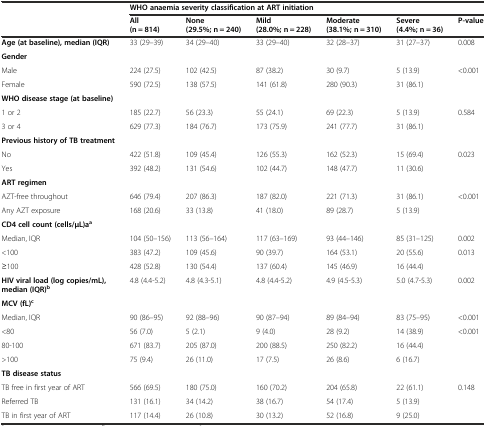
<table><thead><tr><td rowspan="2"></td><td colspan="6"><b>WHO anaemia severity classification at ART initiation</b></td></tr><tr><td><b>All (n = 814)</b></td><td><b>None (29.5%; n = 240)</b></td><td><b>Mild (28.0%; n = 228)</b></td><td><b>Moderate(38.1%; n = 310)</b></td><td><b>Severe (4.4%; n = 36)</b></td><td><b>P-value</b></td></tr></thead><tbody><tr><td><b>Age (at baseline), median (IQR)</b></td><td>33 (29–39)</td><td>34 (29–40)</td><td>33 (29–40)</td><td>32 (28–37)</td><td>31 (27–37)</td><td>0.008</td></tr><tr><td><b>Gender</b></td><td></td><td></td><td></td><td></td><td></td><td></td></tr><tr><td>Male</td><td>224 (27.5)</td><td>102 (42.5)</td><td>87 (38.2)</td><td>30 (9.7)</td><td>5 (13.9)</td><td>&lt;0.001</td></tr><tr><td>Female</td><td>590 (72.5)</td><td>138 (57.5)</td><td>141 (61.8)</td><td>280 (90.3)</td><td>31 (86.1)</td><td></td></tr><tr><td><b>WHO disease stage (at baseline)</b></td><td></td><td></td><td></td><td></td><td></td><td></td></tr><tr><td>1 or 2</td><td>185 (22.7)</td><td>56 (23.3)</td><td>55 (24.1)</td><td>69 (22.3)</td><td>5 (13.9)</td><td>0.584</td></tr><tr><td>3 or 4</td><td>629 (77.3)</td><td>184 (76.7)</td><td>173 (75.9)</td><td>241 (77.7)</td><td>31 (86.1)</td><td></td></tr><tr><td><b>Previous history of TB treatment</b></td><td></td><td></td><td></td><td></td><td></td><td></td></tr><tr><td>No</td><td>422 (51.8)</td><td>109 (45.4)</td><td>126 (55.3)</td><td>162 (52.3)</td><td>15 (69.4)</td><td>0.023</td></tr><tr><td>Yes</td><td>392 (48.2)</td><td>131 (54.6)</td><td>102 (44.7)</td><td>148 (47.7)</td><td>11 (30.6)</td><td></td></tr><tr><td><b>ART regimen</b></td><td colspan="2"></td><td></td><td></td><td></td><td></td></tr><tr><td>AZT-free throughout</td><td>646 (79.4)</td><td>207 (86.3)</td><td>187 (82.0)</td><td>221 (71.3)</td><td>31 (86.1)</td><td>&lt;0.001</td></tr><tr><td>Any AZT exposure</td><td>168 (20.6)</td><td>33 (13.8)</td><td>41 (18.0)</td><td>89 (28.7)</td><td>5 (13.9)</td><td></td></tr><tr><td><b>CD4 cell count (cells/μL)a</b><sup><b>a</b></sup></td><td></td><td></td><td></td><td></td><td></td><td></td></tr><tr><td>Median, IQR</td><td>104 (50–156)</td><td>113 (56–164)</td><td>117 (63–169)</td><td>93 (44–146)</td><td>85 (31–125)</td><td>0.002</td></tr><tr><td>&lt;100</td><td>383 (47.2)</td><td>109 (45.6)</td><td>90 (39.7)</td><td>164 (53.1)</td><td>20 (55.6)</td><td>0.013</td></tr><tr><td>≥100</td><td>428 (52.8)</td><td>130 (54.4)</td><td>137 (60.4)</td><td>145 (46.9)</td><td>16 (44.4)</td><td></td></tr><tr><td><b>HIV viral load (log copies/mL), median (IQR)</b><sup><b>b</b></sup></td><td>4.8 (4.4-5.2)</td><td>4.8 (4.3-5.1)</td><td>4.8 (4.4-5.2)</td><td>4.9 (4.5-5.3)</td><td>5.0 (4.7-5.3)</td><td>0.002</td></tr><tr><td><b>MCV (fL)</b><sup><b>c</b></sup></td><td></td><td></td><td></td><td></td><td></td><td></td></tr><tr><td>Median, IQR</td><td>90 (86–95)</td><td>92 (88–96)</td><td>90 (87–94)</td><td>89 (84–94)</td><td>83 (75–95)</td><td>&lt;0.001</td></tr><tr><td>&lt;80</td><td>56 (7.0)</td><td>5 (2.1)</td><td>9 (4.0)</td><td>28 (9.2)</td><td>14 (38.9)</td><td>&lt;0.001</td></tr><tr><td>80-100</td><td>671 (83.7)</td><td>205 (87.0)</td><td>200 (88.5)</td><td>250 (82.2)</td><td>16 (44.4)</td><td></td></tr><tr><td>&gt;100</td><td>75 (9.4)</td><td>26 (11.0)</td><td>17 (7.5)</td><td>26 (8.6)</td><td>6 (16.7)</td><td></td></tr><tr><td><b>TB disease status</b></td><td></td><td></td><td></td><td></td><td></td><td></td></tr><tr><td>TB free in first year of ART</td><td>566 (69.5)</td><td>180 (75.0)</td><td>160 (70.2)</td><td>204 (65.8)</td><td>22 (61.1)</td><td>0.148</td></tr><tr><td>Referred TB</td><td>131 (16.1)</td><td>34 (14.2)</td><td>38 (16.7)</td><td>54 (17.4)</td><td>5 (13.9)</td><td></td></tr><tr><td>TB in first year of ART</td><td>117 (14.4)</td><td>26 (10.8)</td><td>30 (13.2)</td><td>52 (16.8)</td><td>9 (25.0)</td><td></td></tr></tbody></table>